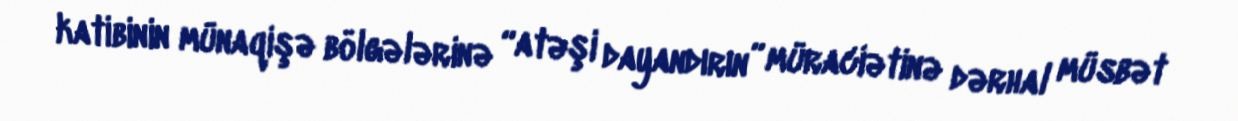
katibinin münaqişə bölgələrinə “atəşi dayandırın” müraciətinə dərhal müsbət